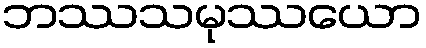
ဘဿသမုဿယော